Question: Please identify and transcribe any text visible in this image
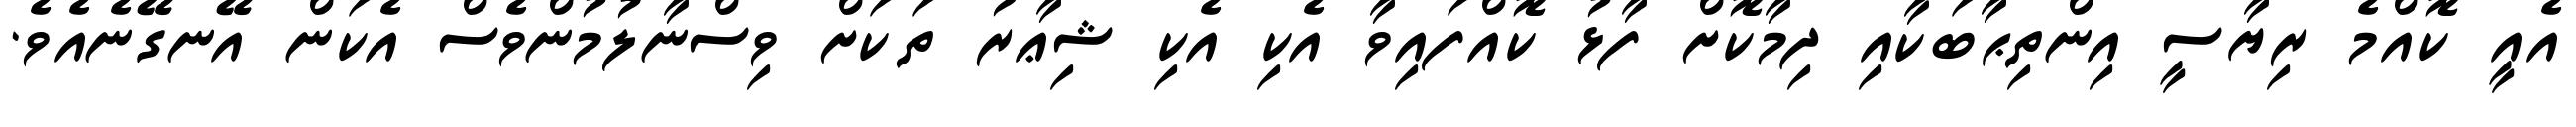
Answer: އެއީ ކޮއްމެ ރިޔާސީ އިންތިޙާބަކާއި ދިމާކޮށް ފާޅު ކޮއްފައިވާ އެކި އެކި ޝިޢާރު ތަކަށް ވިސްނާލުމުންވެސް އެކަން އޭނގޭނެއެވެ.